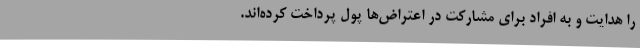
را هدایت و به افراد برای مشارکت در اعتراض‌ها پول پرداخت کرده‌اند.